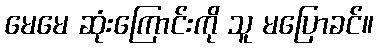
မေမေ ဆုံးကြောင်းကို သူ မပြောခင်။